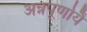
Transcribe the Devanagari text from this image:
अन्नपूर्णायै